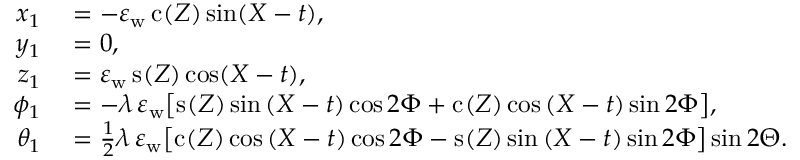
\begin{array} { r l } { x _ { 1 } } & { { } = - \varepsilon _ { \mathrm { w } } \, \mathrm { c } _ { } ( Z ) \sin \mathopen { } \mathclose \bgroup \mathopen { } \mathclose \bgroup \mathopen { } \mathclose \bgroup \mathopen { } \mathclose \bgroup \mathopen { } \mathclose \bgroup \mathopen { } \mathclose \bgroup \mathopen { } \mathclose \bgroup \mathopen { } \mathclose \bgroup \mathopen { } \mathclose \bgroup \mathopen { } \mathclose \bgroup \left( X - t \aftergroup \egroup \aftergroup \egroup \aftergroup \egroup \aftergroup \egroup \aftergroup \egroup \aftergroup \egroup \aftergroup \egroup \aftergroup \egroup \aftergroup \egroup \aftergroup \egroup \right) , } \\ { y _ { 1 } } & { { } = 0 , } \\ { z _ { 1 } } & { { } = \varepsilon _ { \mathrm { w } } \, \mathrm { s } _ { } ( Z ) \cos \mathopen { } \mathclose \bgroup \mathopen { } \mathclose \bgroup \mathopen { } \mathclose \bgroup \mathopen { } \mathclose \bgroup \mathopen { } \mathclose \bgroup \mathopen { } \mathclose \bgroup \mathopen { } \mathclose \bgroup \mathopen { } \mathclose \bgroup \mathopen { } \mathclose \bgroup \mathopen { } \mathclose \bgroup \left( X - t \aftergroup \egroup \aftergroup \egroup \aftergroup \egroup \aftergroup \egroup \aftergroup \egroup \aftergroup \egroup \aftergroup \egroup \aftergroup \egroup \aftergroup \egroup \aftergroup \egroup \right) , } \\ { \phi _ { 1 } } & { { } = - \lambda \, \varepsilon _ { \mathrm { w } } \mathopen { } \mathclose \bgroup \mathopen { } \mathclose \bgroup \mathopen { } \mathclose \bgroup \mathopen { } \mathclose \bgroup \mathopen { } \mathclose \bgroup \mathopen { } \mathclose \bgroup \mathopen { } \mathclose \bgroup \mathopen { } \mathclose \bgroup \mathopen { } \mathclose \bgroup \mathopen { } \mathclose \bgroup \left[ \mathrm { s } _ { } ( Z ) \sin { ( X - t ) } \cos { 2 \Phi } + \mathrm { c } _ { } ( Z ) \cos { ( X - t ) } \sin { 2 \Phi } \aftergroup \egroup \aftergroup \egroup \aftergroup \egroup \aftergroup \egroup \aftergroup \egroup \aftergroup \egroup \aftergroup \egroup \aftergroup \egroup \aftergroup \egroup \aftergroup \egroup \right] , } \\ { \theta _ { 1 } } & { { } = \frac 1 2 \lambda \, \varepsilon _ { \mathrm { w } } \mathopen { } \mathclose \bgroup \mathopen { } \mathclose \bgroup \mathopen { } \mathclose \bgroup \mathopen { } \mathclose \bgroup \mathopen { } \mathclose \bgroup \mathopen { } \mathclose \bgroup \mathopen { } \mathclose \bgroup \mathopen { } \mathclose \bgroup \mathopen { } \mathclose \bgroup \mathopen { } \mathclose \bgroup \left[ \mathrm { c } _ { } ( Z ) \cos { ( X - t ) } \cos { 2 \Phi } - \mathrm { s } _ { } ( Z ) \sin { ( X - t ) } \sin { 2 \Phi } \aftergroup \egroup \aftergroup \egroup \aftergroup \egroup \aftergroup \egroup \aftergroup \egroup \aftergroup \egroup \aftergroup \egroup \aftergroup \egroup \aftergroup \egroup \aftergroup \egroup \right] \sin 2 \Theta . } \end{array}